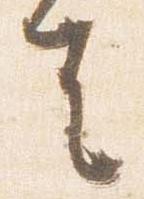
去